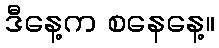
ဒီနေ့က စနေနေ့။